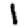
Digit: 1